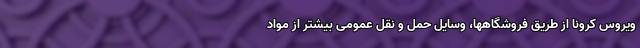
ویروس کرونا از طریق فروشگاهها، وسایل حمل و نقل عمومی بیشتر از مواد